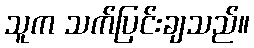
သူက သက်ပြင်းချသည်။